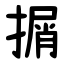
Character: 㨝